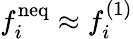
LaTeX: f_{i}^{\mathrm{neq}}\approx f_{i}^{(1)}